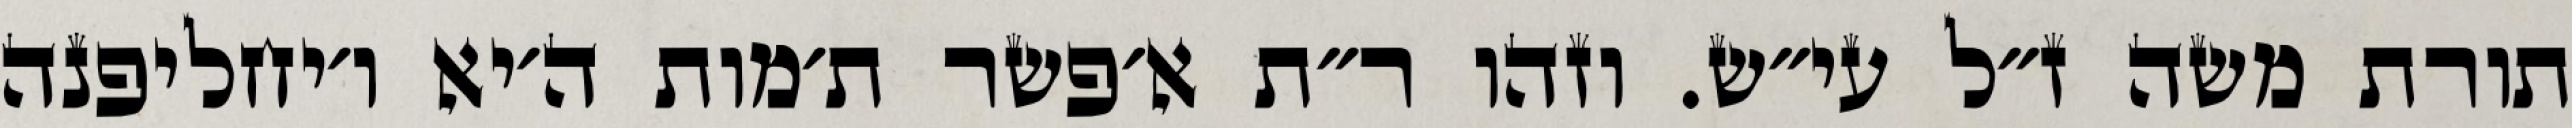
תורת משה ז״ל עי״ש. וזהו ר״ת א׳פשר ת׳מות ה׳יא ו׳יחליפנה